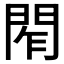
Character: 𨴃